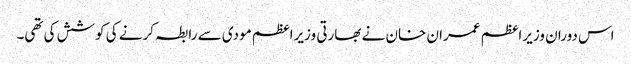
اس دوران وزیراعظم عمران خان نے بھارتی وزیراعظم مودی سے رابطہ کرنے کی کوشش کی تھی۔